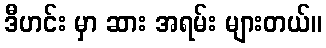
ဒီဟင်း မှာ ဆား အရမ်း များတယ်။